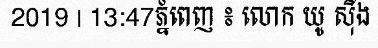
2019 | 13:47ភ្នំពេញ ៖ លោក យូ ស៊ីង